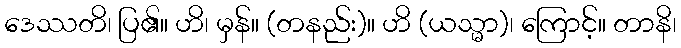
ဒေဿတိ၊ ပြ၏။ ဟိ၊ မှန်။ (တနည်း)။ ဟိ (ယသ္မာ)၊ ကြောင့်။ တာနိ၊